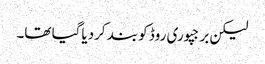
لیکن برجپوری روڈ کو بند کردیاگیا تھا۔